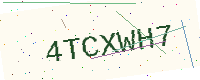
Text: 4TCXWH7